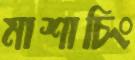
মাশাচিং